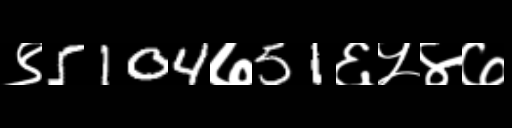
Text: ९5104७51६५४७